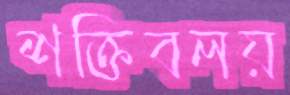
শক্তিবলয়